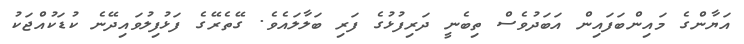
އަޔާންގެ މައިންބަފައިން އަބަދުވެސް ތިބެނީ ދަރިފުޅުގެ ފަރި ބަލާލައެވެ. ގޭތެރޭގެ ފަޅުފިލުވައިދޭނެ ކުޑަކުއްޖަކު